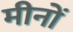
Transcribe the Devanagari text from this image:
मीनों